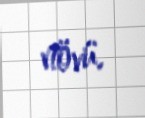
növü.